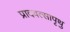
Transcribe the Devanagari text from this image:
प्रादवत्सापृथु